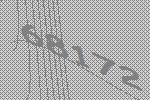
68172